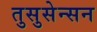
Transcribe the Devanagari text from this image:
तुसुसेन्सन